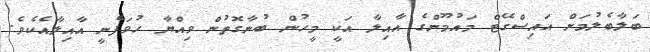
ބަލާބެލުމަށް އައިސްގޭޓް މައުމޫންގެ އާއިލާ އަކީ މީހުން ބުނާގޮތުން ވިއްޔާ ހުވަފެނީ އާއިލާއެކެވެ.